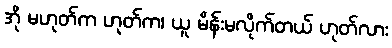
အို မဟုတ်က ဟုတ်က၊ ယူ မိန်းမလိုက်တယ် ဟုတ်လား